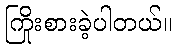
ကြိုးစားခဲ့ပါတယ်။